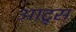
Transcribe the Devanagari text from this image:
आट्र्स